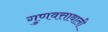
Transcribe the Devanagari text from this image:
गुणवत्तावाली